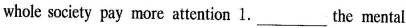
whole society pay more attention 1.___the mental